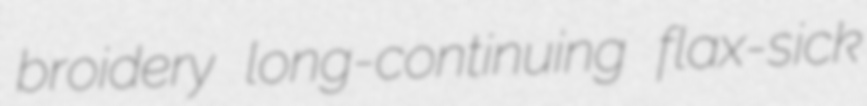
broidery long-continuing flax-sick